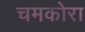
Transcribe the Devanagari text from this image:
चमकोरा